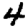
Digit: 4